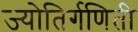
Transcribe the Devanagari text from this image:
ज्योतिर्गणिती